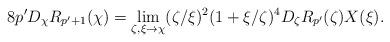
LaTeX: \begin{align*}8p'D_{\chi}R_{p'+1}(\chi)=\lim_{\zeta,\xi\to\chi} (\zeta/\xi)^2 (1+\xi/\zeta)^{4}D_{\zeta}R_{p'}(\zeta)X(\xi).\end{align*}